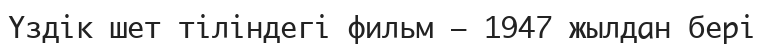
Үздік шет тіліндегі фильм – 1947 жылдан бері